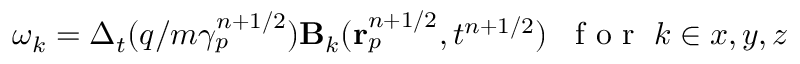
\omega _ { k } = \Delta _ { t } ( q / m \gamma _ { p } ^ { n + 1 / 2 } ) \mathbf { B } _ { k } ( \mathbf { r } _ { p } ^ { n + 1 / 2 } , t ^ { n + 1 / 2 } ) \; \; \mathrm { ~ f ~ o ~ r ~ } \; k \in { x , y , z }